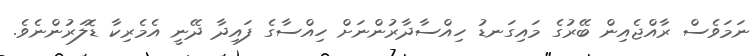
ނަމަވެސް ރާއްޖެއިން ބޭރުގެ މައިގަނޑު ހިއްސާދާރުންނަށް ހިއްސާގެ ފައިދާ ދޭނީ އެމެރިކާ ޑޮލަރުންނެވެ.